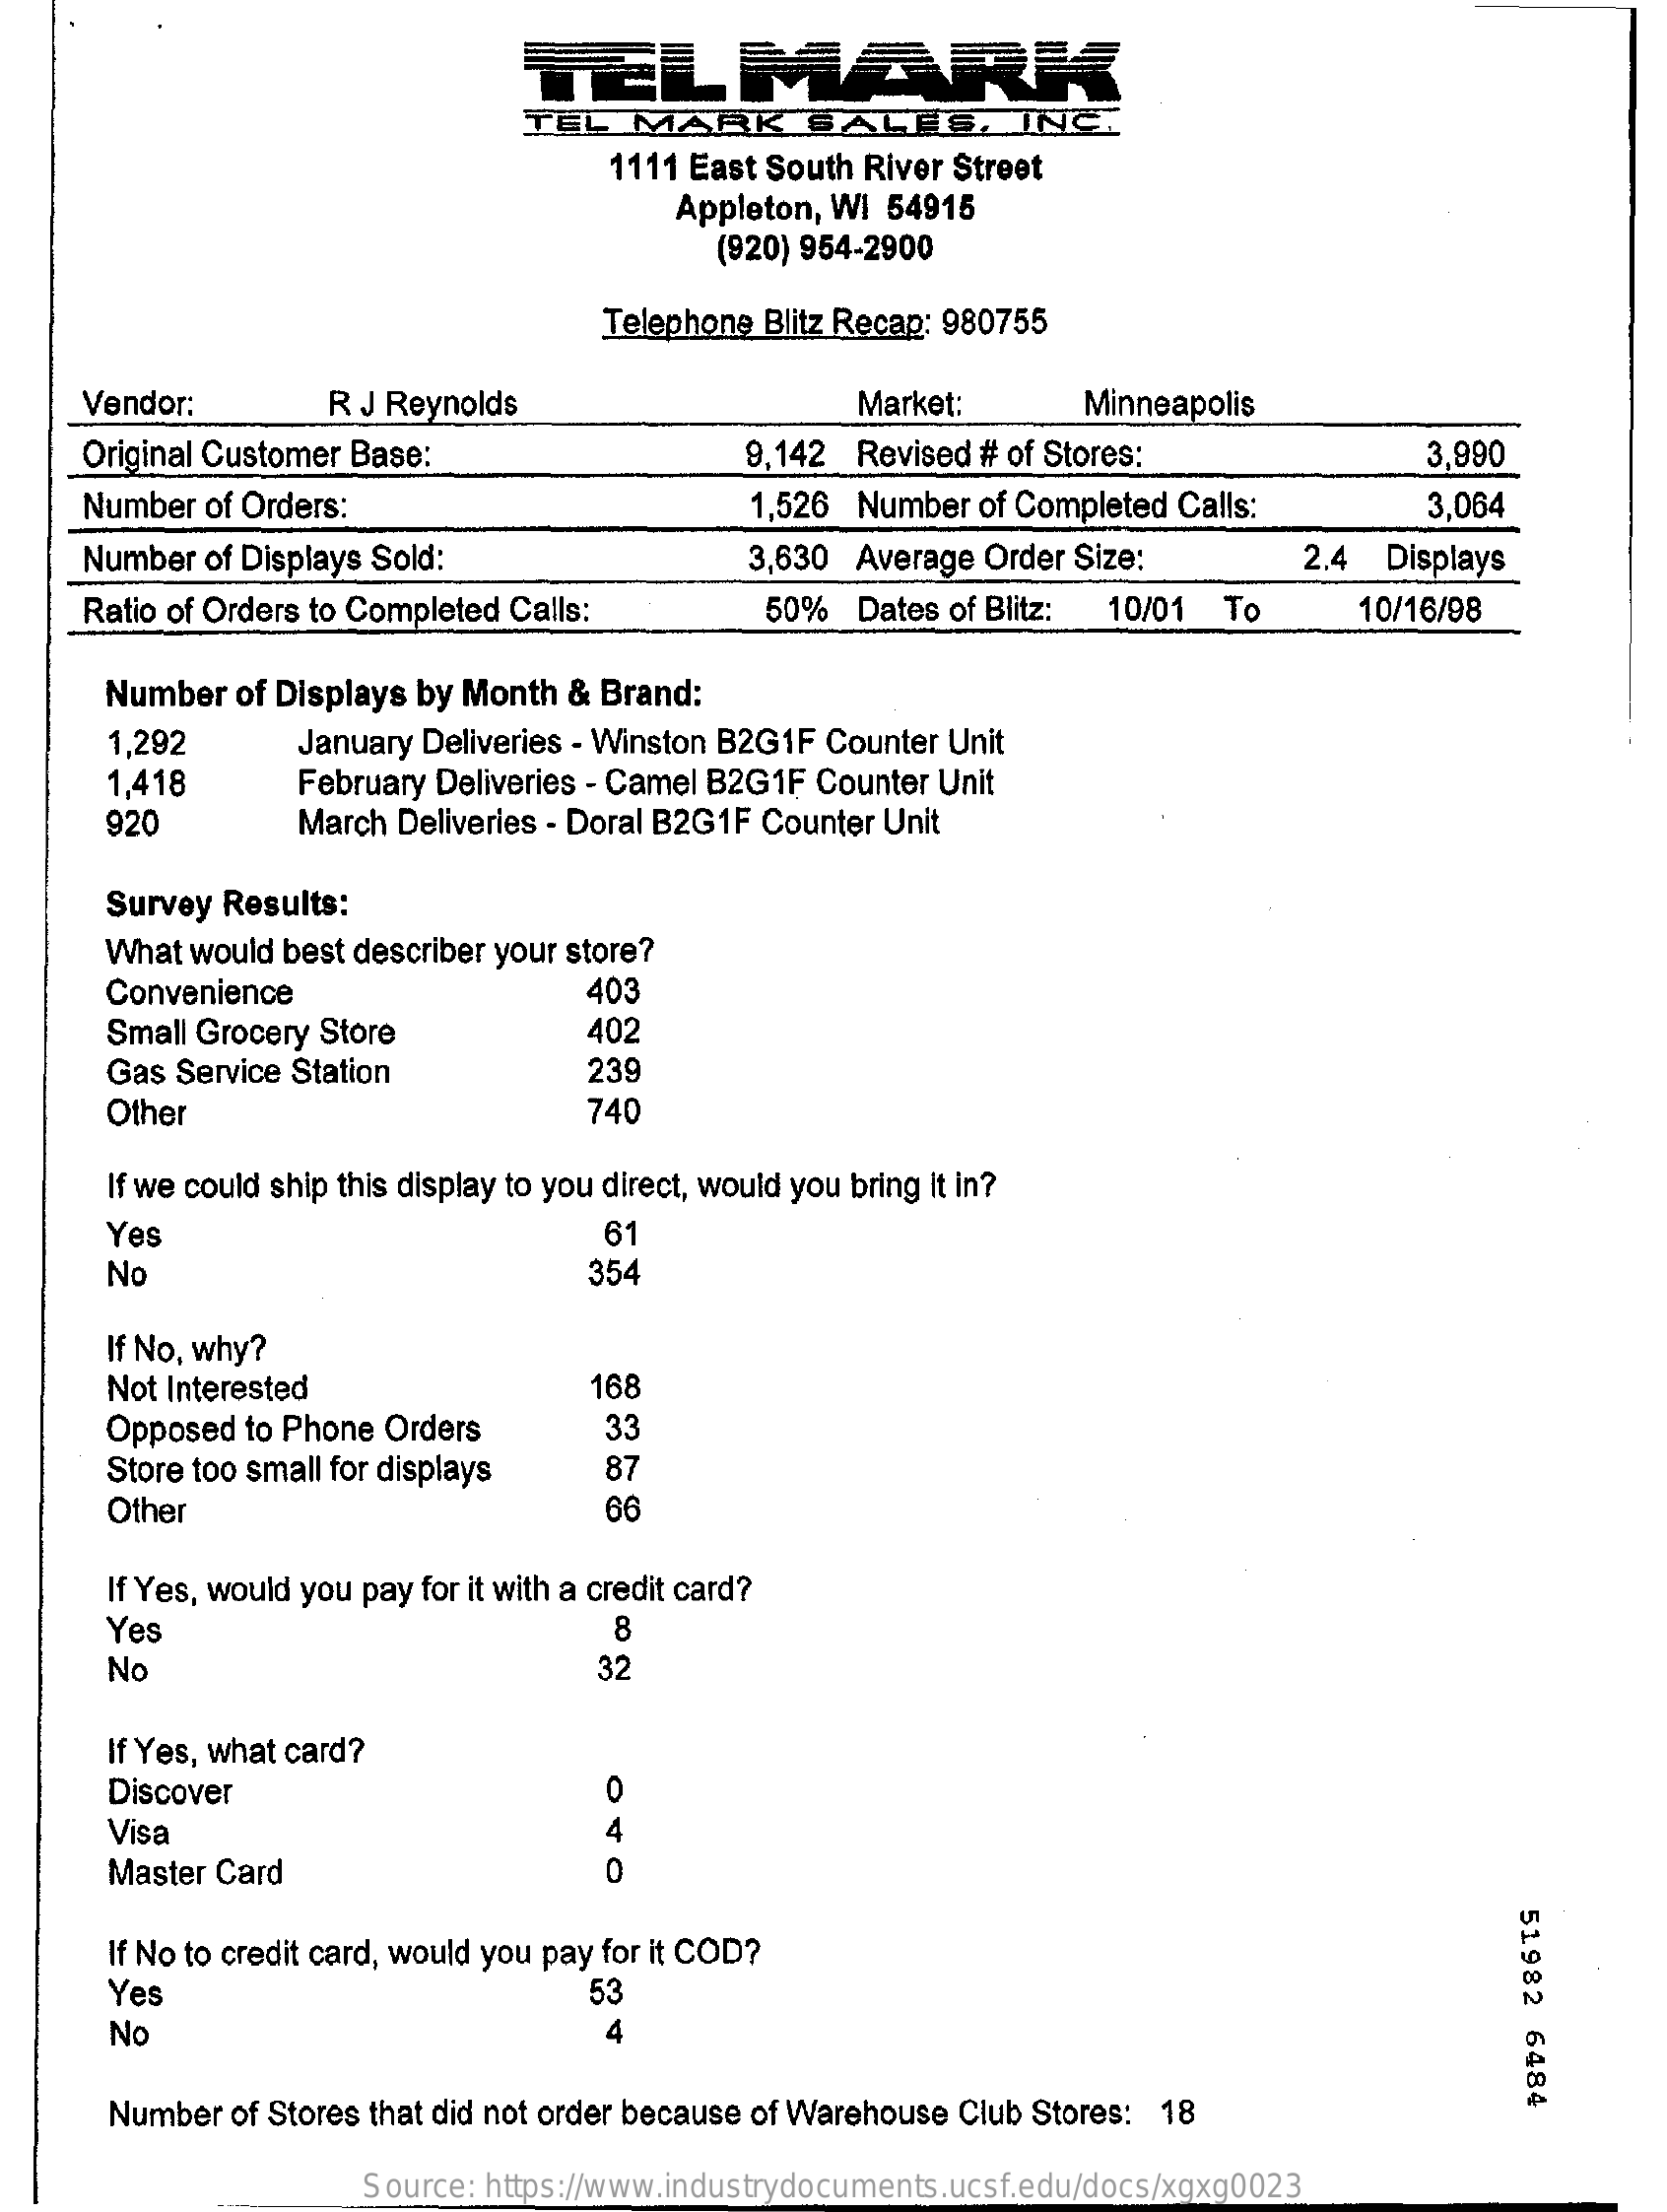
TEL
     TEL  MARK   SALES,    INC.
     1111 East South River Street
     Appleton, WI 54915
     (920) 954-2900
     Telephone Blitz Recap: 980755
    Vendor:    R J Reynolds    Market:   Minneapolis
    Original Customer Base:    9,142 Revised # of Stores:    3,990
    Number of Orders:    1,526 Number of Completed Calls: 3,064
    Number of Displays Sold:    3,630 Average Order Size: 2.4 Displays
    Ratio of Orders to Completed Calls: 50% Dates of Blitz: 10/01 To 10/16/98
     Number of Displays by Month & Brand:
     1,292   January Deliveries - Winston B2G1F Counter Unit
     1,418   February Deliveries - Camel B2G1F Counter Unit
     920    March Deliveries - Doral B2G1F Counter Unit
     Survey Results:
     What would best describer your store?
     Convenience    403
     Small Grocery Store  402
     Gas Service Station  239
     Other    740
     If we could ship this display to you direct, would you bring it in?
     Yes    61
     No    354
     If No, why?
     Not Interested    168
     Opposed to Phone Orders 33
     Store too small for displays 87
     Other    99
     If Yes, would you pay for it with a credit card?
     Yes    8
     No    32
     If Yes, what card?
     Discover    0
     Visa    4
     Master Card    0
     51982
     6484
     If No to credit card, would you pay for it COD?
     Yes    53
     No    4
     Number of Stores that did not order because of Warehouse Club Stores: 18
     Source: https://www.industrydocuments.ucsf.edu/docs/xgxg0023